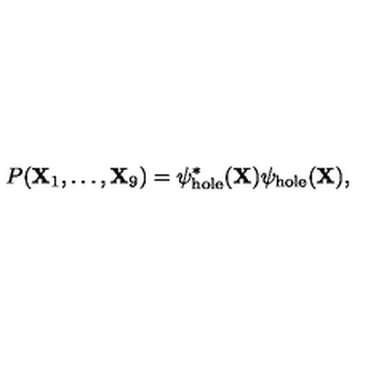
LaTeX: P ( { \bf X } _ { 1 } , \ldots , { \bf X } _ { 9 } ) = \psi _ { \mathrm { h o l e } } ^ { * } ( { \bf X } ) \psi _ { \mathrm { h o l e } } ( { \bf X } ) ,